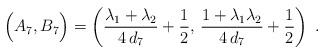
LaTeX: \begin{align*} \Big(A_7, B_7 \Big) = \left( \dfrac{\lambda_1+\lambda_2}{4 \, d_7}+\dfrac{1}{2}, \, \dfrac{1+\lambda_1 \lambda_2}{4 \, d_7}+\dfrac{1}{2} \right)\;.\end{align*}